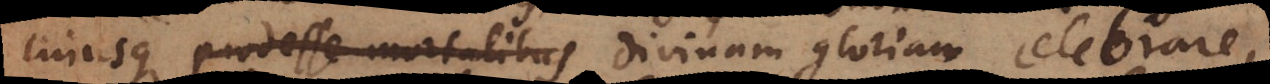
cujusque prodesse mortalibus divinam gloriam celebrare,